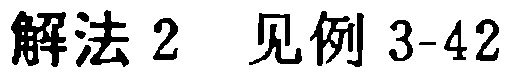
解法 2 见例 3-42